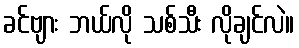
ခင်ဗျား ဘယ်လို သစ်သီး လိုချင်လဲ။